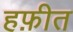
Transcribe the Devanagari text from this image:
हफ़ीत